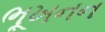
ભૂખનન